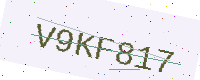
Text: V9KF817